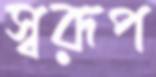
স্বরূপ